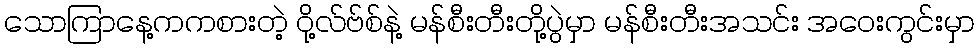
သောကြာနေ့ကကစားတဲ့ ဝို့လ်ဗ်စ်နဲ့ မန်စီးတီးတို့ပွဲမှာ မန်စီးတီးအသင်း အဝေးကွင်းမှာ